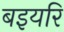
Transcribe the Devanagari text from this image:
बइयरि